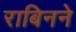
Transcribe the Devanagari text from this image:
राबिनने